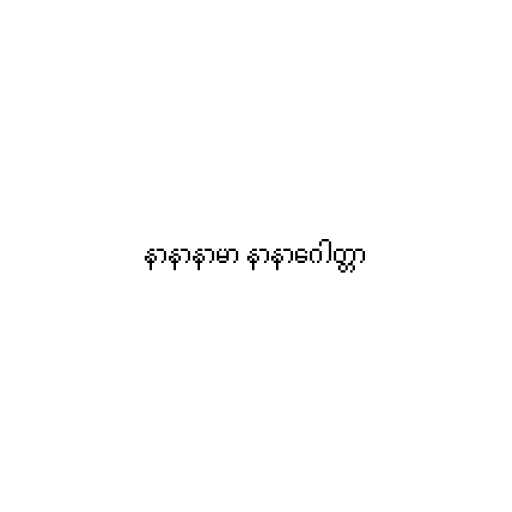
နာနာနာမာ နာနာဂေါတ္တာ